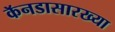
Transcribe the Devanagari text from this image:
कॅनडासारख्या